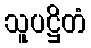
သူပဋ္ဌိတံ